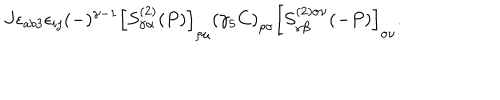
LaTeX: J \epsilon _ { a b 3 } \epsilon _ { i j } ( - ) ^ { \gamma - 1 } \left[ S _ { \gamma \alpha } ^ { ( 2 ) } ( P ) \right] _ { \rho \mu } \left( \gamma _ { 5 } C \right) _ { \rho \sigma } \left[ S _ { \gamma \beta } ^ { ( 2 ) \sigma \nu } ( - P ) \right] _ { \sigma \nu } .